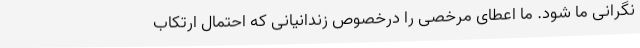
نگرانی ما شود. ما اعطای مرخصی را درخصوص زندانیانی که احتمال ارتکاب